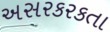
અસરકરકતા